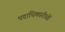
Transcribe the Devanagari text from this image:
पदाधिकारीयों